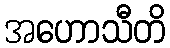
အဟောသီတိ